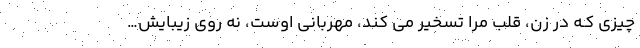
چیزی کـه در زن، قلب مرا تسخیر می کند، مهربانی اوست، نه روی زیبایش…